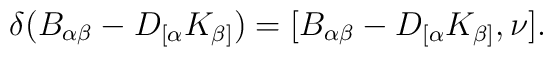
\delta (B_{\alpha \beta} - D_{[ \alpha} K_{\beta ]} )  = [ B_{\alpha \beta} - D_{[ \alpha} K_{\beta ]} , \nu] .